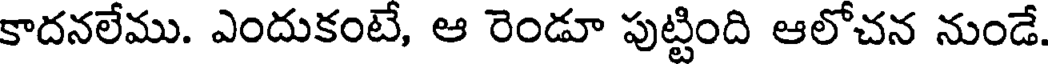
కాదనలేము. ఎందుకంటే, ఆ రెండూ పుట్టింది ఆలోచన నుండే